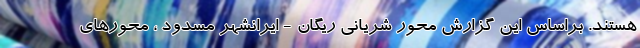
هستند. براساس این گزارش محور شریانی ریگان - ایرانشهر مسدود ، محورهای